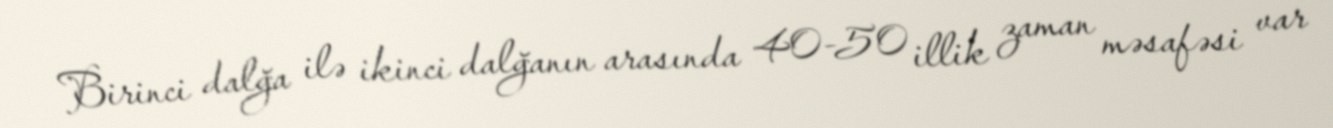
Birinci dalğa ilə ikinci dalğanın arasında 40-50 illik zaman məsafəsi var